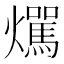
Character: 𤒌